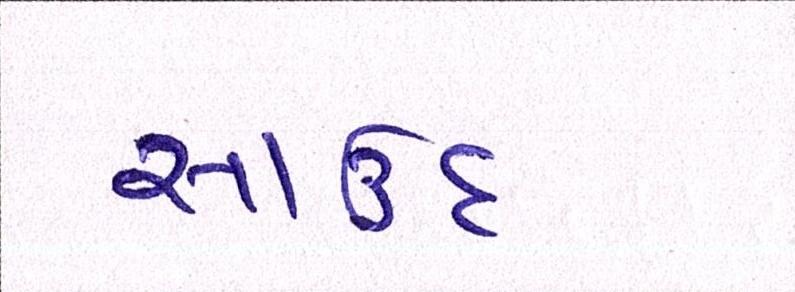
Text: સાઉદ